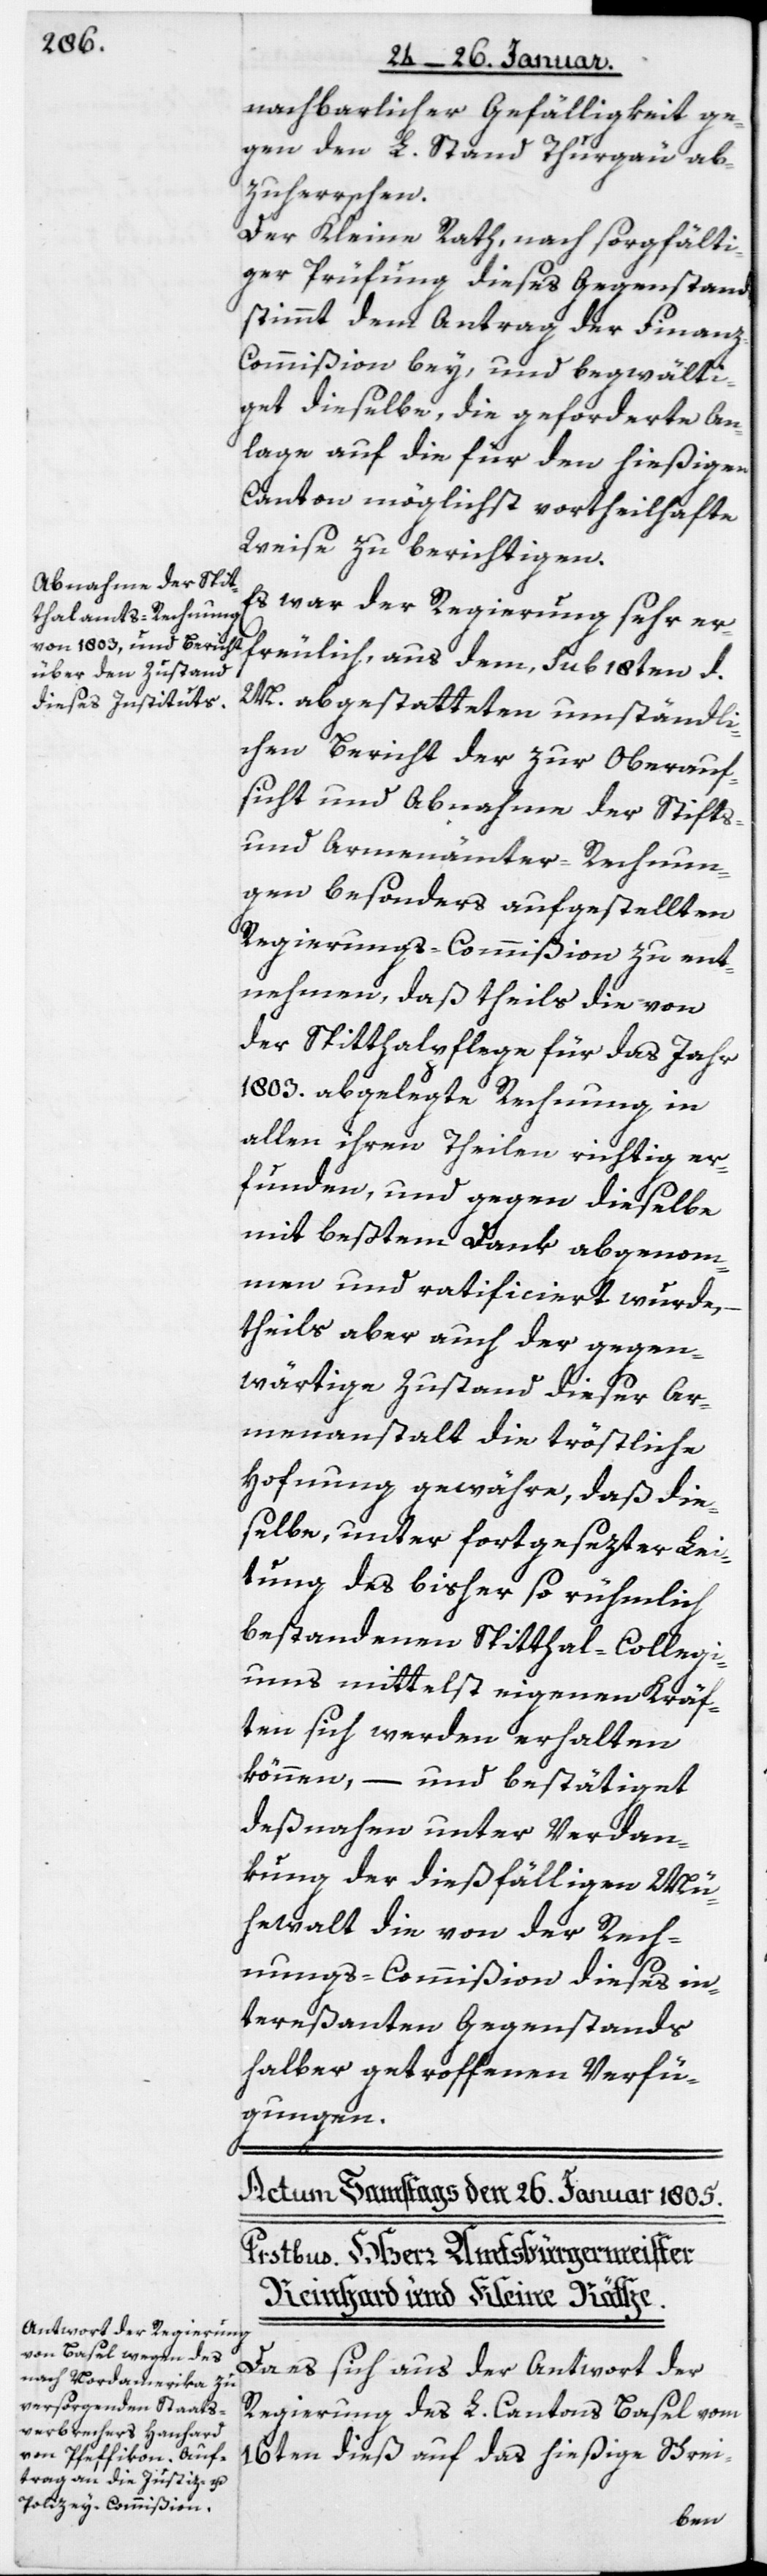
nachbarlicher Gefälligkeit ge¬
gen den L. Stand Thurgau ab¬
zuherrschen.
Der Kleine Rath, nach sorgfälti¬
ger Prüfung dieses Gegenstands
stimmt dem Antrag der Finanz¬
commißion bey und begwälti¬
gt dieselbe, die geforderte An¬
lage auf die für den hießigen
Canton möglichst vortheilhafte
Weise zu berichtigen.
Es war der Regierung sehr er¬
freulich, aus dem, Sub 18ten d.
M. abgestatteten umständli¬
chen Bericht der zur Oberauf¬
sicht und Abnahme der Stifts-
und Armen-Ämter-Rechnun¬
gen besonders aufgestellten
Regierungs-Commißion zu ent¬
nehmen, daß theils die von
der Spitthalpflege für das Jahr
1803 abgelegte Rechnung in
allen ihren Theilen richtig er¬
funden und gegen dieselbe
mit beßtem Dank abgenom¬
men und ratificiert wurde,
theils aber auch der gegen¬
wärtige Zustand dieser Ar¬
menanstalt die tröstliche
Hofnung gewähre, daß die¬
selbe, unter fortgesetzter Lei¬
tung des bisher so rühmlich
bestandenen Spitthal-Collegi¬
ums mittelst eigenen Kräf¬
ten sich werden erhalten
können, – und bestätiget
desnahen unter Verdan¬
kung der dießfälligen Mü¬
hewalt die von der Rech¬
nungs-Commißion dieses in¬
tereßanten Gegenstands
halber getroffenen Verfü¬
gungen.
Da es sich aus der Antwort der
Regierung des L. Cantons Basel vom
16ten dieß auf das hießige Schrei-